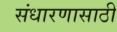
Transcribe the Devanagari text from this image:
संधारणासाठी